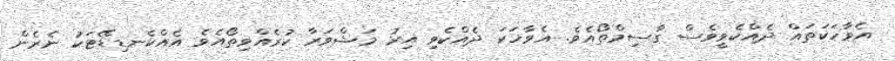
އެވާހަކަތައް ދެއްކެވީވެސް ގާސިމްތޯއެވެ. އެވާހަކަ ދެއްކެވި އިރު މަޝްވަރާ ކުރެއްވިތޯއެވެ އެއްކެނޑިޑޭޓަކު ނެރެން